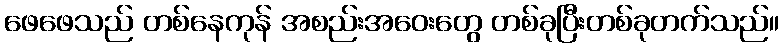
ဖေဖေသည် တစ်နေကုန် အစည်းအဝေးတွေ တစ်ခုပြီးတစ်ခုတက်သည်။